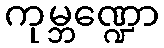
ကုမ္ဘဏ္ဍော